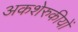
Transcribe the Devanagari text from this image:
अकशेरुकीयों